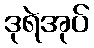
ဒုရဲအုပ်